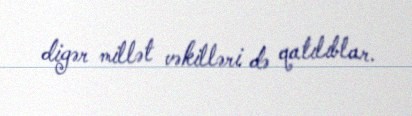
digər millət vəkilləri də qatılıblar.